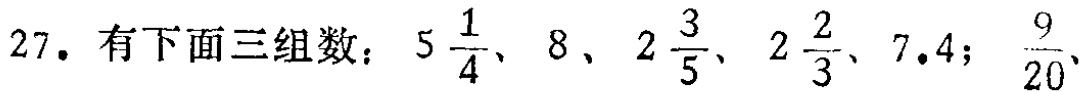
27. 有下面三组数：$5\frac{1}{4}$、$8$、$2\frac{3}{5}$、$2\frac{2}{3}$、$7.4$；$\frac{9}{20}$、